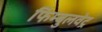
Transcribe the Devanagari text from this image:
फिम्बुलवेट्र